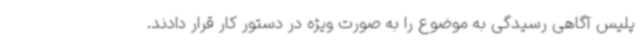
پلیس آگاهی رسیدگی به موضوع را به صورت ویژه در دستور کار قرار دادند.